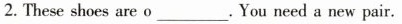
2. These shoes are o___.You need a new pair.